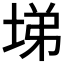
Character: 𡌡